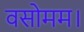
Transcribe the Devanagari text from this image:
वसोमम।